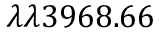
\lambda \lambda 3 9 6 8 . 6 6